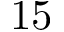
1 5